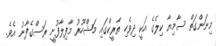
މިނަންގަތް ސާމިޔާ ކިލެގެ އަކީ ދިވެހި ތާރީކްގައި މަޝްހޫރު މާފިލާފުށީ ރަސްގެފާނު އެވެ.